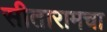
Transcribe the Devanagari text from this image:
सीतारामचा